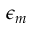
\epsilon _ { m }